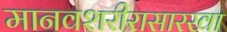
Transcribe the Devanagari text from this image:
मानवशरीरासारखा